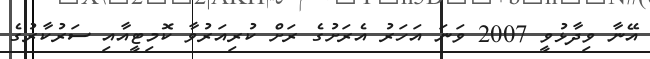
އޭނާ ވިދާޅުވީ 2007 ވަނަ އަހަރު އެރަށުގެ ރަށް ކުރިއަރުވާ ކޮމިޓީއާއި ސަރުކާރުގެ